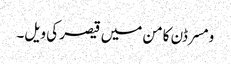
ومسرڈن کامن میں قیصر کی ویل۔